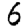
Digit: 6